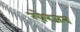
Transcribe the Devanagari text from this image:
रवेरजन